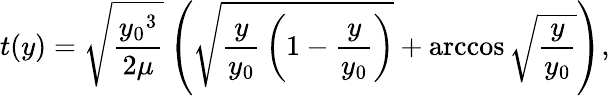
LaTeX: t(y)={\sqrt{\frac{{y_{0}}^{3}}{2\mu}}}\left({\sqrt{{\frac{y}{y_{0}}}\left(1-{\frac{y}{y_{0}}}\right)}}+\operatorname{arccos}{\sqrt{\frac{y}{y_{0}}}}\right),